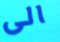
الى